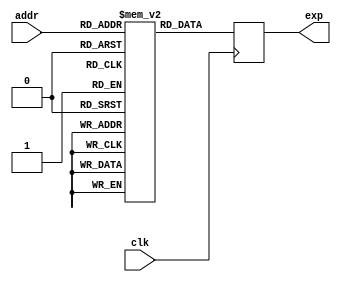
module jt51_exprom
(
	input [4:0] addr,
	input clk, 
	output reg [44:0] exp
);

	reg [44:0] explut[31:0];
	initial
	begin
	explut[0] = 45'b111110101011010110001011010000010010111011011;
	explut[1] = 45'b111101010011010101000011001100101110110101011;
	explut[2] = 45'b111011111011010011110111001000110010101110011;
	explut[3] = 45'b111010100101010010101111000100110010101000011;
	explut[4] = 45'b111001001101010001100111000000110010100001011;
	explut[5] = 45'b110111111011010000011110111101010010011011011;
	explut[6] = 45'b110110100011001111010110111001010010010100100;
	explut[7] = 45'b110101001011001110001110110101110010001110011;
	explut[8] = 45'b110011111011001101000110110001110010001000011;
	explut[9] = 45'b110010100011001011111110101110010010000010011;
	explut[10] = 45'b110001010011001010111010101010010001111011011;
	explut[11] = 45'b101111111011001001110010100110110001110101011;
	explut[12] = 45'b101110101011001000101010100011001101101111011;
	explut[13] = 45'b101101010101000111100110011111010001101001011;
	explut[14] = 45'b101100000011000110100010011011110001100011011;
	explut[15] = 45'b101010110011000101011110011000010001011101011;
	explut[16] = 45'b101001100011000100011010010100101101010111011;
	explut[17] = 45'b101000010011000011010010010001001101010001011;
	explut[18] = 45'b100111000011000010010010001101101101001011011;
	explut[19] = 45'b100101110011000001001110001010001101000101011;
	explut[20] = 45'b100100100011000000001010000110010000111111011;
	explut[21] = 45'b100011010010111111001010000011001100111001011;
	explut[22] = 45'b100010000010111110000101111111101100110011011;
	explut[23] = 45'b100000110010111101000001111100001100101101011;
	explut[24] = 45'b011111101010111100000001111000101100101000010;
	explut[25] = 45'b011110011010111011000001110101001100100010011;
	explut[26] = 45'b011101001010111010000001110001110000011100011;
	explut[27] = 45'b011100000010111001000001101110010000010110011;
	explut[28] = 45'b011010110010111000000001101011001100010001011;
	explut[29] = 45'b011001101010110111000001100111101100001011011;
	explut[30] = 45'b011000100000110110000001100100010000000110010;
	explut[31] = 45'b010111010010110101000001100001001100000000011;
	end

	always @ (posedge clk) 
		exp <= explut[addr];

endmodule